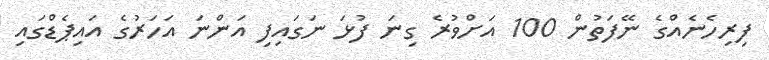
ފިރިހެނެއްގެ ނޭފަތުން 100 އަށްވުރެ ގިނަ ފުޅަ ނަގައިފި އަންނަ އަހަރުގެ އައިޕެޑްގައި